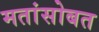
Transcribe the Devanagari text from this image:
मतांसोबत